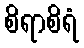
စိရာစိရံ